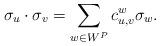
LaTeX: \begin{align*}\sigma_u \cdot \sigma_v = \sum_{w \in W^P} c_{u,v}^w \sigma_w.\end{align*}